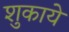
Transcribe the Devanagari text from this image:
शुकाये